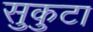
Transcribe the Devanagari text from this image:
सुकुटा